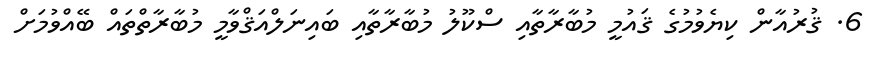
6. ޤުރުއާން ކިޔެވުމުގެ ޤައުމީ މުބާރާތާއި ސްކޫލު މުބާރާތާއި ބައިނަލްއަޤްވާމީ މުބާރާތްތައް ބޭއްވުމަށް